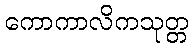
ကောကာလိကသုတ္တ